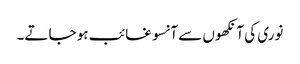
نوری کی آنکھوں سے آنسو غائب ہو جاتے۔